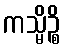
ကသ္မိဉ္စိ